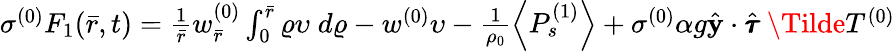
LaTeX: \begin{array}{r}{\sigma^{(0)}F_{1}(\bar{r},t)=\frac{1}{\bar{r}}w_{\bar{r}}^{(0)}\int_{0}^{\bar{r}}\varrho\upsilon\; d\varrho-w^{(0)}\upsilon-\frac{1}{\rho_{0}}\left<P_{s}^{(1)}\right>+\sigma^{(0)}\alpha g\hat{\mathbf{y}}\cdot\hat{\pmb{\tau}}\: \Tilde{T}^{(0)}}\end{array}